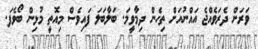
ވަރަށް ދެރަވެއްޖެ އައްނުއަށް ތިހެން ދިމާވީމަ. ބަލާބަލަ ފައިވެސް މިއޮތީ މުޅިން ބޯވެފަ.